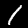
Label: 1